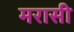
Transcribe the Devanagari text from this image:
मरासी